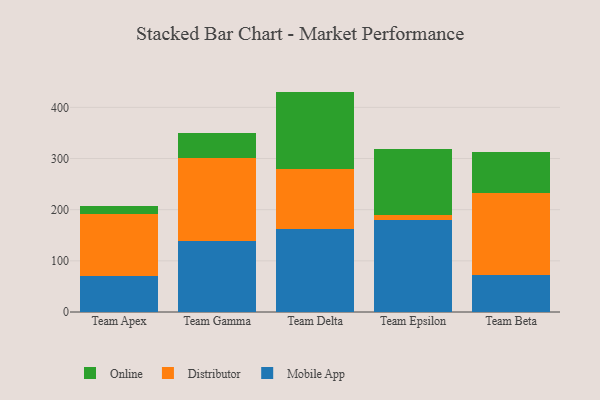
{"axis": {"x": "Team", "y": "Gross Profit (USD K)"}, "legend": ["Distributor", "Mobile App", "Online"], "data": [{"x": "Team Apex", "y": 71.2, "type": "Mobile App"}, {"x": "Team Apex", "y": 121.2, "type": "Distributor"}, {"x": "Team Apex", "y": 13.9, "type": "Online"}, {"x": "Team Gamma", "y": 138.2, "type": "Mobile App"}, {"x": "Team Gamma", "y": 163.5, "type": "Distributor"}, {"x": "Team Gamma", "y": 48.7, "type": "Online"}, {"x": "Team Delta", "y": 162.5, "type": "Mobile App"}, {"x": "Team Delta", "y": 117.9, "type": "Distributor"}, {"x": "Team Delta", "y": 150.4, "type": "Online"}, {"x": "Team Epsilon", "y": 178.9, "type": "Mobile App"}, {"x": "Team Epsilon", "y": 11.2, "type": "Distributor"}, {"x": "Team Epsilon", "y": 128.5, "type": "Online"}, {"x": "Team Beta", "y": 73.1, "type": "Mobile App"}, {"x": "Team Beta", "y": 158.7, "type": "Distributor"}, {"x": "Team Beta", "y": 80.7, "type": "Online"}]}